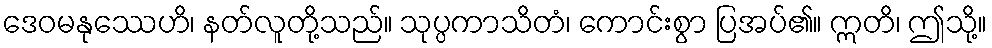
ဒေဝမနုဿေဟိ၊ နတ်လူတို့သည်။ သုပ္ပကာသိတံ၊ ကောင်းစွာ ပြအပ်၏။ ဣတိ၊ ဤသို့။